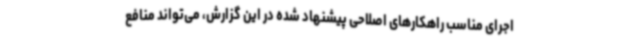
اجرای مناسب راهکارهای اصلاحی پیشنهاد شده در این گزارش، می‌تواند منافع